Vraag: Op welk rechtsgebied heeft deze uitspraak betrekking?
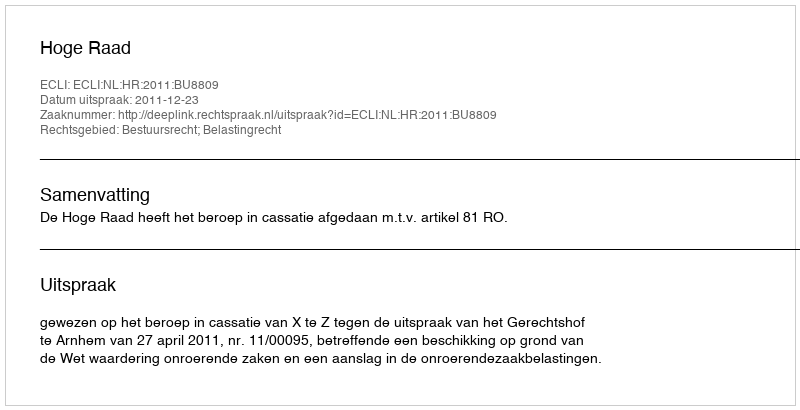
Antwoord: Bestuursrecht; Belastingrecht